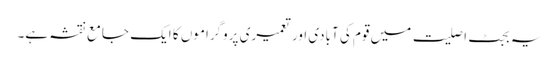
یہ بجٹ اصلیت میں قوم کی آبادی اور تعمیری پروگراموں کا ایک جامع نقشہ ہے۔